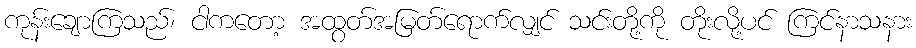
ကုန်းချောကြသည်၊ ငါကတော့ အထွတ်အမြတ်ရောက်လျှင် သင်းတို့ကို တိုးလို့ပင် ကြင်နာသနား